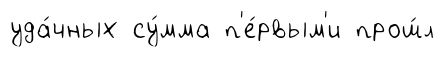
уда́чных су́мма п'е́рвым'и прош́л